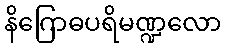
နိဂြောဓပရိမဏ္ဍလော